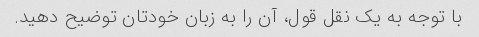
با توجه به یک نقل قول، آن را به زبان خودتان توضیح دهید.